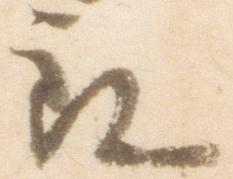
郎